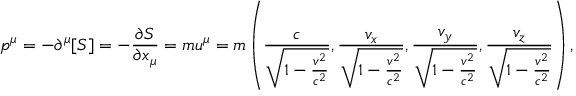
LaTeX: p ^ { \mu } = - \partial ^ { \mu } [ S ] = - { \frac { \partial S } { \partial x _ { \mu } } } = m u ^ { \mu } = m \left( { \frac { c } { \sqrt { 1 - { \frac { v ^ { 2 } } { c ^ { 2 } } } } } } , { \frac { v _ { x } } { \sqrt { 1 - { \frac { v ^ { 2 } } { c ^ { 2 } } } } } } , { \frac { v _ { y } } { \sqrt { 1 - { \frac { v ^ { 2 } } { c ^ { 2 } } } } } } , { \frac { v _ { z } } { \sqrt { 1 - { \frac { v ^ { 2 } } { c ^ { 2 } } } } } } \right) ,